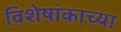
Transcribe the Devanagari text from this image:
विशेषांकाच्या